Civil Veterinary Dept. Assam report 1927-50 - 1927-1950
Year: 1927
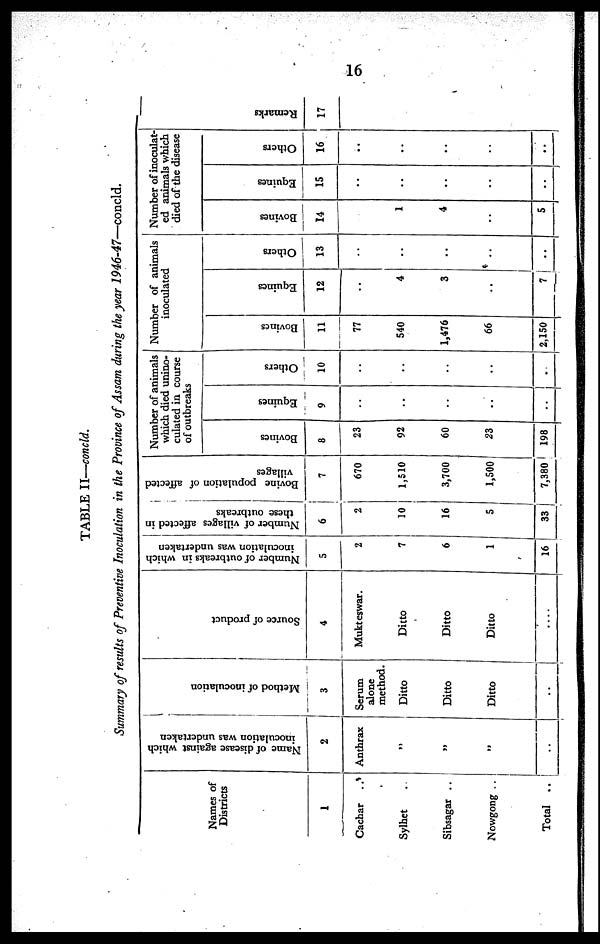
16
TABLE II—concld.
Summary of results of Preventive Inoculation in the Province of Assam during the year 1946-47—concld.
Names of
Districts
1
Cachar ..
.
Sylhet ..
Sibsagar ..
Nowgong ..
Total ..
Name of disease against which
inoculation was undertaken
2
Anthrax
„
„
„
..
Method of inoculation
3
Serum
alone
method.
Ditto
Ditto
Ditto
.
Source of product
4
Mukteswar.
Ditto
Ditto
Ditto
....
Number of outbreaks in which
inoculation was undertaken
5
2
7
6
1
16
Number of villages affected in
these outbreaks
6
2
10
16
5
33
Bovine population of affected
villages
7
670
1,510
3,700
1,500
7,380
Number of animals
which died unino-
culated in course
of outbreaks
Bovines
8
23
92
60
23
198
Equines
9
..
..
..
..
..
Others
10
..
..
..
..
..
Number of animals
inoculated
Bovines
11
77
540
1,476
66
2,150
Equines
12
..
4
3
..
7
Others
13
..
..
..
..
..
Number of inoculat-
ed animals which
died of the disease
Bovines
14
1
4
..
5
Equines
15
..
..
..
..
..
Others
16
..
..
..
..
..
Re ma r
ks
17